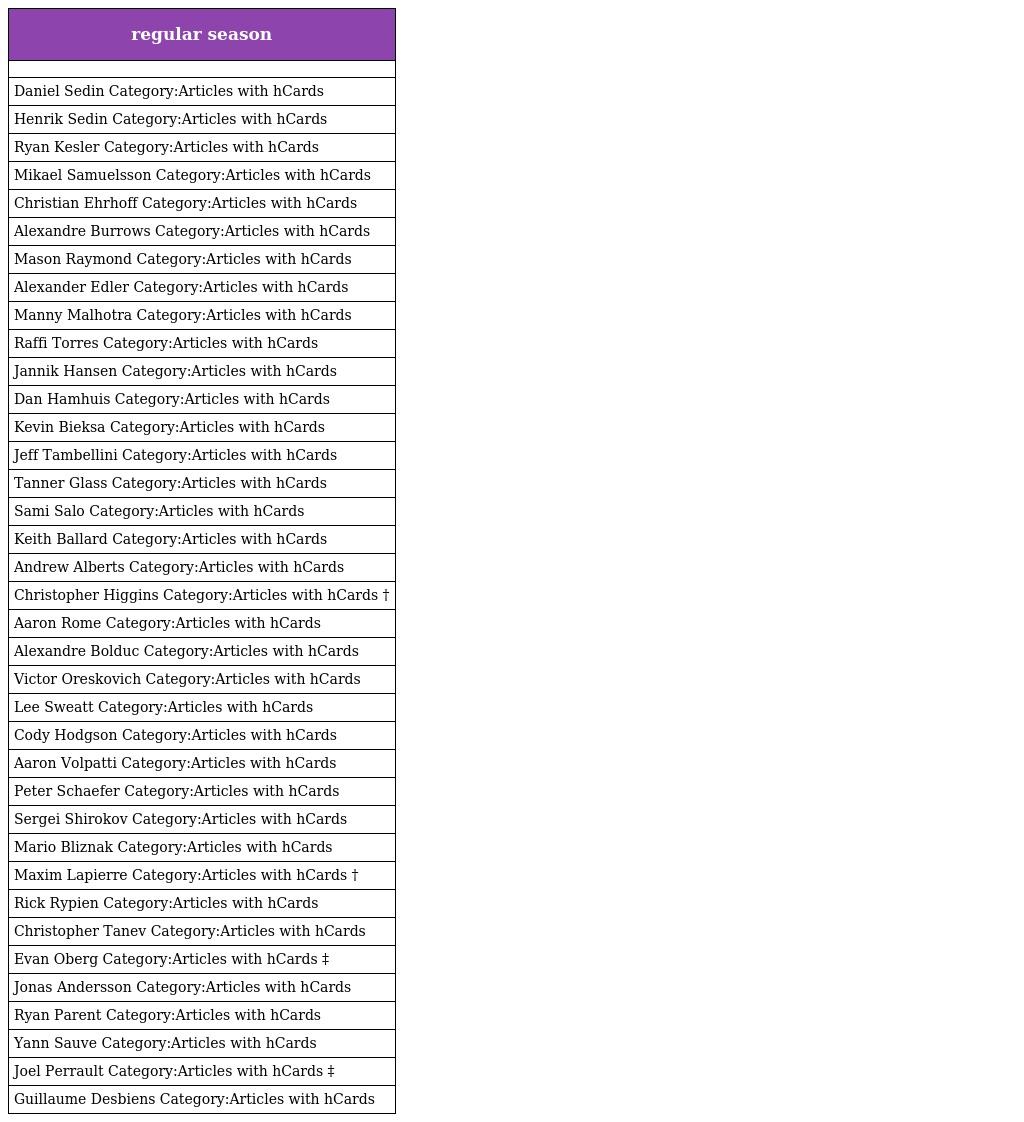
| regular season |
 | --- |
 |  |
 | Daniel Sedin Category:Articles with hCards |
 | Henrik Sedin Category:Articles with hCards |
 | Ryan Kesler Category:Articles with hCards |
 | Mikael Samuelsson Category:Articles with hCards |
 | Christian Ehrhoff Category:Articles with hCards |
 | Alexandre Burrows Category:Articles with hCards |
 | Mason Raymond Category:Articles with hCards |
 | Alexander Edler Category:Articles with hCards |
 | Manny Malhotra Category:Articles with hCards |
 | Raffi Torres Category:Articles with hCards |
 | Jannik Hansen Category:Articles with hCards |
 | Dan Hamhuis Category:Articles with hCards |
 | Kevin Bieksa Category:Articles with hCards |
 | Jeff Tambellini Category:Articles with hCards |
 | Tanner Glass Category:Articles with hCards |
 | Sami Salo Category:Articles with hCards |
 | Keith Ballard Category:Articles with hCards |
 | Andrew Alberts Category:Articles with hCards |
 | Christopher Higgins Category:Articles with hCards † |
 | Aaron Rome Category:Articles with hCards |
 | Alexandre Bolduc Category:Articles with hCards |
 | Victor Oreskovich Category:Articles with hCards |
 | Lee Sweatt Category:Articles with hCards |
 | Cody Hodgson Category:Articles with hCards |
 | Aaron Volpatti Category:Articles with hCards |
 | Peter Schaefer Category:Articles with hCards |
 | Sergei Shirokov Category:Articles with hCards |
 | Mario Bliznak Category:Articles with hCards |
 | Maxim Lapierre Category:Articles with hCards † |
 | Rick Rypien Category:Articles with hCards |
 | Christopher Tanev Category:Articles with hCards |
 | Evan Oberg Category:Articles with hCards ‡ |
 | Jonas Andersson Category:Articles with hCards |
 | Ryan Parent Category:Articles with hCards |
 | Yann Sauve Category:Articles with hCards |
 | Joel Perrault Category:Articles with hCards ‡ |
 | Guillaume Desbiens Category:Articles with hCards |